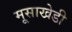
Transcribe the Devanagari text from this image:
मूसाखेडी